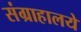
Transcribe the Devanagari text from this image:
संग्राहालये